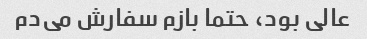
عالی بود، حتما بازم سفارش می‌دم